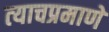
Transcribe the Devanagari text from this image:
त्‍याचप्रमाणे